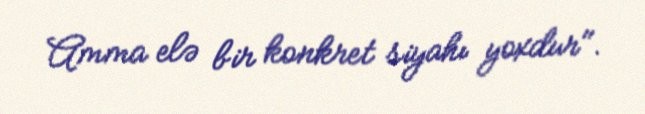
Amma elə bir konkret siyahı yoxdur".